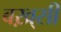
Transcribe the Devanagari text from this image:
बख़्सी